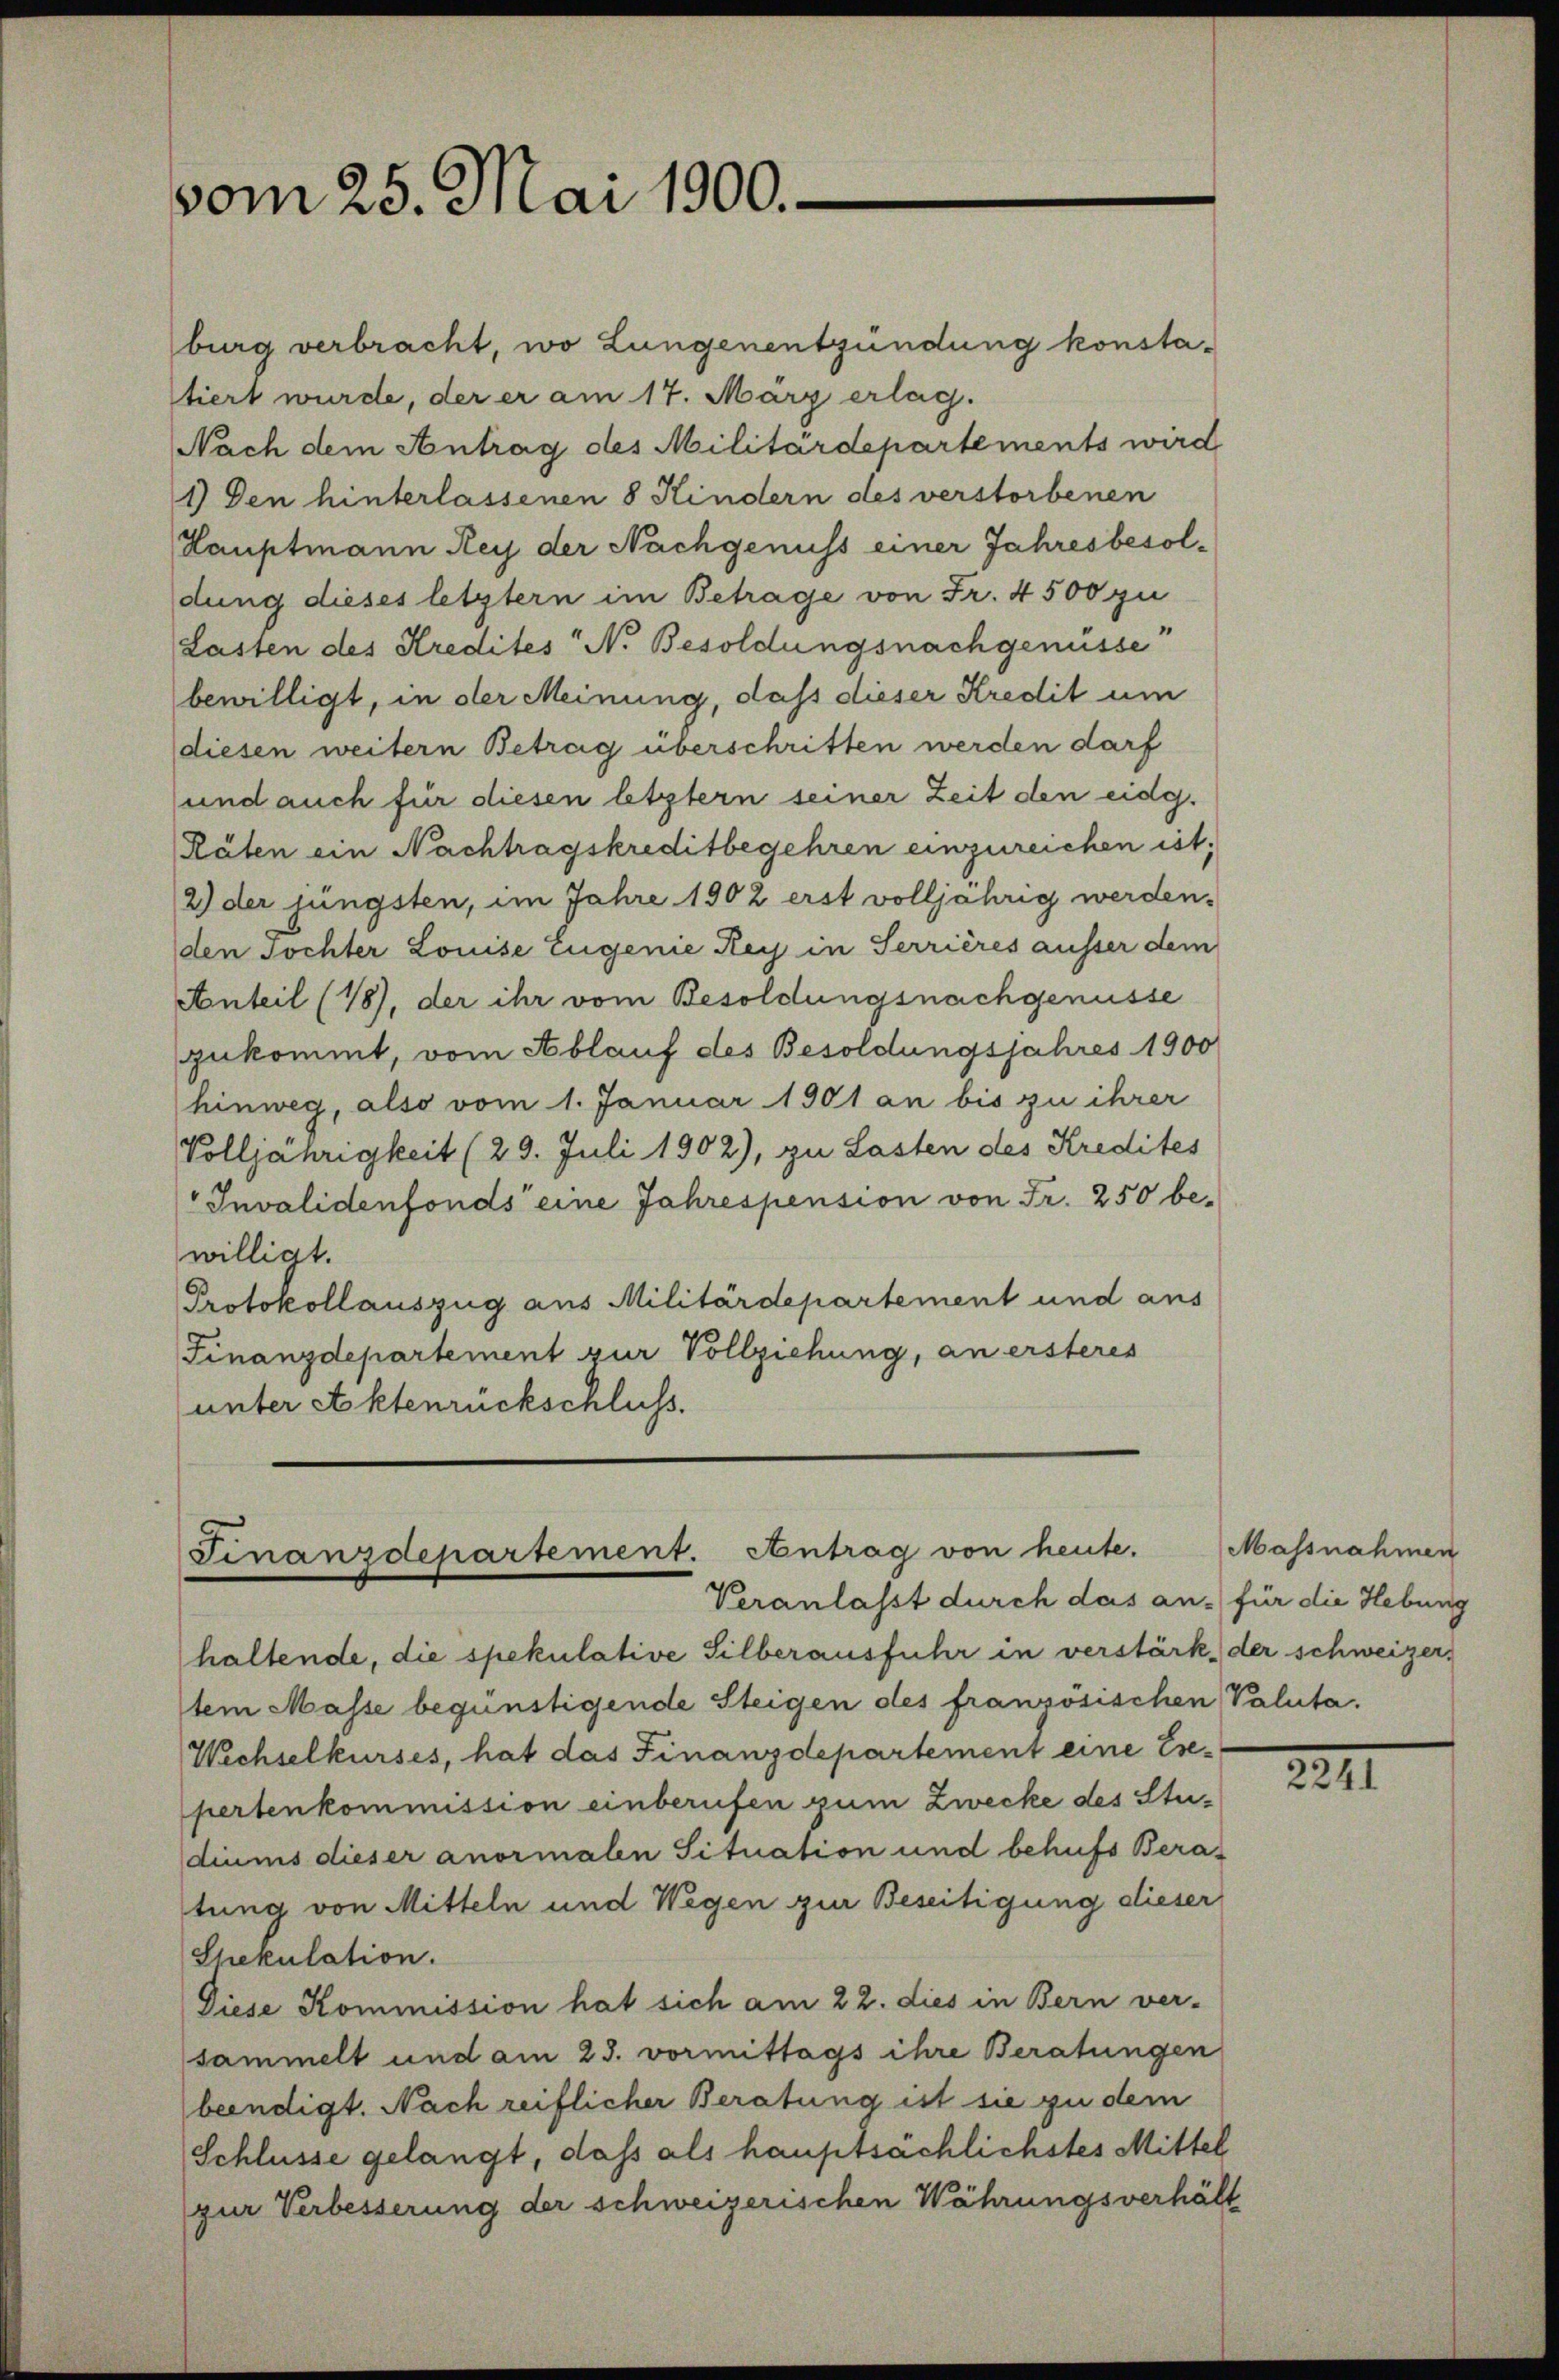
vom 25. Mai 1900.

burg verbracht, wo Lungenentzündung konstatiert wurde, der er am 17. März erlag.
Nach dem Antrag des Militärdepartements wird
1) Den hinterlassenen 8 Kindern des verstorbenen
Hauptmann Rey der Nachgenuss einer Jahresbesoldung dieses letztern im Betrage von Fr. 4500 zu
(Lasten des Kredites N. Besoldungsnachgenüsse
bewilligt, in der Meinung, dass dieser Kredit um
diesen weitern Betrag überschritten werden darf
und auch für diesen letztern seiner Zeit den eidg.
Räten ein Nachtragskreditbegehren einzureichen ist;
2) der jüngsten, im Jahre 1902 erst volljährig werden.
den Tochter Louise Eugenie Rey in Serrières ausser dem
Anteil (18), der ihr vom Besoldungsnachgenüsse
gekommt, vom Ablauf des Besoldungsjahres 1900
hinweg, also vom 1. Januar 1901 an bis zu ihrer
Volljährigkeit (29. Juli 1902), zu Lasten des Kredites
Invalidenfonds eine Jahrespension von Fr. 250 bewilligt.
Protokollauszug aus Militärdepartement und aus
Finanzdepartement zur Vollziehung, an ersteres
unter Aktenrückschluss.

Finanzdepartement. Antrag von heute.
Veranlasst durch das an - für die Hebung

haltende, die spekulative Silberausfuhr in verstärk, der schweizer,
tem Masse begünstigende Steigen des französischen Valuta.
Wechselkurses, hat das Finanzdepartement eine Exepertenkommission einberufen zum Zwecke des Studiums dieser anormalen Situation und behufs Beratung von Mitteln und Wegen zur Beseitigung dieser
Shekulation.
Diese Kommission hat sich am 22. dies in Bern ver-
sammelt und am 23. vormittags ihre Beratungen
beendigt. Nach reiflicher Beratung ist sie zu dem
Schlüsse gelangt, dass als hauptsächlichstes Mittel
zur Verbesserung der schweizerischen Währungsverhält

Massnahmen

2II